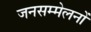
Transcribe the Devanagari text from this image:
जनसम्मेलनों